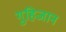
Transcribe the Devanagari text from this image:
गुहिजान